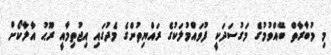
މި މުބާރާތް ބޭއްވުމުގެ މަގުސަދަކީ ފުވައްމުލަކުގެ ރައްޔިތުންގެ މެދުގައި އިޖުތިމާއީ ރޫޙު އާލާކޯށް